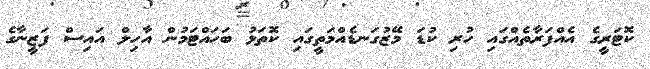
ކޮޓަރީގެ އެއްފަރާތެއްގައި ހުރި ކުޑަ މޭޒުގަނޑެއްމަތީގައި ކޮތަޅު ބަހައްޓަމުން އާހިލް އައިސް ފަޒީނާގެ